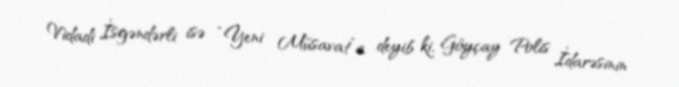
Vidadi İsgəndərli isə “Yeni Müsavat”a deyib ki, Göyçay Polis İdarəsinin